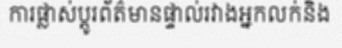
ការផ្លាស់ប្តូរព័ត៌មានផ្ទាល់រវាងអ្នកលក់និង